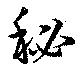
秘